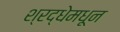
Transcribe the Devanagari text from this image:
श्रद्धेमधून